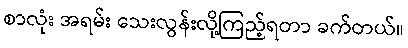
စာလုံး အရမ်း သေးလွန်းလို့ကြည့်ရတာ ခက်တယ်။